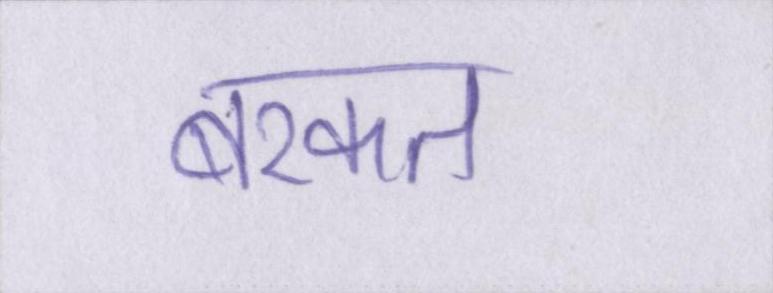
बरकत